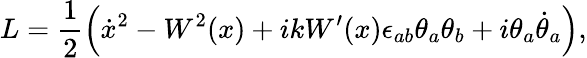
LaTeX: L=\frac{1}{2}\left(\dot{x}{}^{2}-W^{2}(x)+ikW^{\prime}(x)\epsilon_{ab}\theta_{a}\theta_{b}+i\theta_{a}\dot{\theta}_{a}\right),